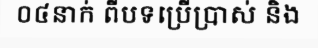
០៤នាក់ ពីបទប្រើប្រាស់ និង